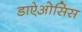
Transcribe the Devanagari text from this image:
डाऐओसिस